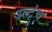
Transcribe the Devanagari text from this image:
उल्टंच